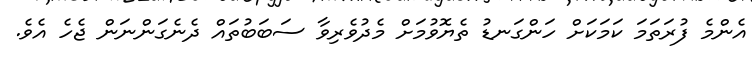
އެންމެ ފުރަތަމަ ކަމަކަށް ހަންގަނޑު ތެޔޮވުމަށް މެދުވެރިވާ ސަބަބުތައް ދެނެގަންނަން ޖެހެ އެވެ.